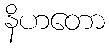
နိဟတော